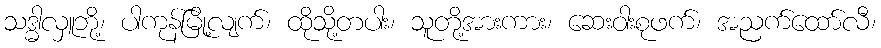
သဒ္ဓါလှူဘို့၊ ပါကုန်မြို့လျက်၊ ထိုသို့တပါး၊ သူတို့အားကား၊ ဆေးဝါးစုဖက်၊ အညက်ထော်လီ၊